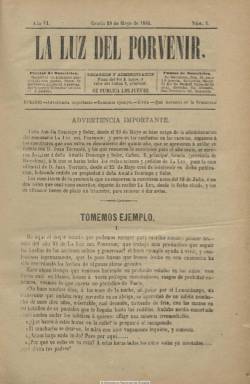
Título: La Luz del porvenir (1879)
Colección: Espiritismo
Ámbito geográfico: Barcelona
Lugar de publicación: Gracia [Barcelona]
Fechas: 29/05/1884-17/05/1888

Revista fundada y dirigida por una de las más destacadas impulsoras en España del movimiento espiritista, la escritora andaluza Amalia Domingo Soler (1835-1909), en la que destaca su defensa de los derechos de la mujer y el laicismo. Publica su primer número el 22 de mayo de 1879 en la barcelonesa Villa de Gracia, con el apoyo del director del Centro Espiritista La Buena Nueva, Luis Llach, y del editor e impresor Juan Torrents, que la estampará. Comienza así la existencia de una célebre revista espiritista escrita por mujeres y dedicado a estas, uno de los embriones del incipiente movimiento por los derechos de la igualdad de género en Cataluña (Horta, 2004), como portavoz de la rama feminista del espiritismo (Sánchez, 1990), y de amplias resonancias fourieristas (Aguado Higón, 2011).

Siguiendo el estudio realizado por Oscar García Rodríguez (2006) sobre la prensa espiritista española, tras publicar sus primeros tres números, será suspendida por orden gubernamental durante cuarenta y dos semanas por su primer artículo, titulado “La idea de Dios”. No apareció, pues, la entrega del 12 de junio de 1879, reapareciendo el 11 de diciembre de ese año. Durante este tiempo se publicarán los 26 números del periódico El eco de la verdad.

En el sexto año de publicación, en mayo de 1884, Torrents traspasará su propiedad y administración a Amalia Domingo, siendo estampada a partir de aquí en la imprenta de Cayetano Campins.

De nuevo, cesará en su publicación el ocho de diciembre de 1898 y la reanuda el 24 de agosto de 1899. Y en mayo de 1900, a punto de cumplir los veinte años de existencia, deja de editarse, para fusionarse con la revista también barcelonesa La unión espiritista, órgano de la Unión Espiritista Kardecista de Cataluña, para formar otra nueva: Luz y unión (1900-1914), de la que Amalia Domingo será su redactora-jefa, y que absorberá también a Revista de estudios psicológicos (1876-1901).

La luz del porvenir apareció cada jueves, en entregas de ocho páginas y compuesta a una columna, con artículos doctrinales y de divulgación del espiritismo, pero también con otros de carácter reivindicativo de los derechos políticos y sociales de la mujer o contra la pena de muerte. Se considera una revista teista, pero anticlerical y partidaria del racionalismo científico, que mantendrá duras controversias y polémicas con los tonsurados, dirigida por una mujer que participará en la fundación de la Sociedad Autónoma de Mujeres y la Sociedad Progresista Femenina, las dos entidades punteras del feminismo laicista barcelonés.

Además de Amalia Domingo, publican en esta revista un nutrido grupo de librepensadoras, deistas y no deistas, y feministas españolas, americanas y europeas, unas más conocidas que otras, que trataron de exponer mediante artículos, poemas y relatos una lógica civil, secularizadora y anticlerical de las mujeres (Ramos, 2005). Publican Belén de Sárraga Hernández (1872-1950), Ángeles López de Ayala (1858-1926), Antonia Amat de Torres, Amalia Torres de Maresma, Eugenia N. Estopa Fernández (1859-¿), Amalia Carvia Bernal (1861-¿), Rosario de Acuña y Villanova (1850-1923), Emilia Pardo Bazán (1851-1921), Carmen de Burgos ‘Colombine’ (1867-1932), Carmen Fuentes, Natalia Casanova, Pilar Rafecas, Concha Geras, Antonia Pagés, Isabel Peña, Joaquina Pascual, Luisa Cervera, Teresita Costán, Cándida Sanz de Castelluí, Josefa G. Esparolini y Carrión, o la argentina María Pujol. Así como Joaquín Cepeda, entre los escasos hombres que colaboran en la revista.

La colección de la Biblioteca Nacional de este título comprende los años 1884-1888. En los números de mayo incluye un índice de materias o de sumarios de cada tomo o año. Reaparecerá con la misma cabecera y periodicidad mensual en 1913.